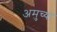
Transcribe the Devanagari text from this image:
अमुच्या